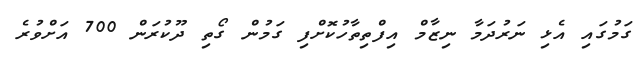
ގަމުގައި އެޅި ނަރުދަމާ ނިޒާމް އިފްތިތާހުކޮށްފި ގަމުން ގޯތި ދޫކުރަން 700 އަށްވުރެ